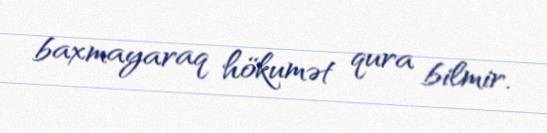
baxmayaraq hökumət qura bilmir.